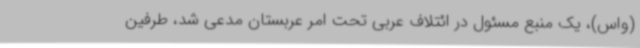
(واس)، یک منبع مسئول در ائتلاف عربی تحت امر عربستان مدعی شد، طرفین